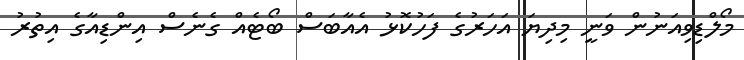
މޯލްޑިވިއަނުން ވަނީ މިދިޔަ އަހަރުގެ ފަހުކޮޅު އެއާބަސް ބޯޓެއް ގެނެސް އިންޑިއާގެ އިތުރު